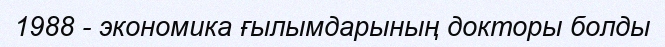
1988 - экономика ғылымдарының докторы болды